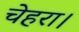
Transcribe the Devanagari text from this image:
चेहरा।